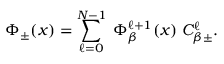
\Phi _ { \pm } ( x ) = \sum _ { \ell = 0 } ^ { N - 1 } \; \Phi _ { \beta } ^ { \ell + 1 } ( x ) \; C _ { \beta \pm } ^ { \ell } .